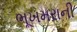
ભૂખમરાની